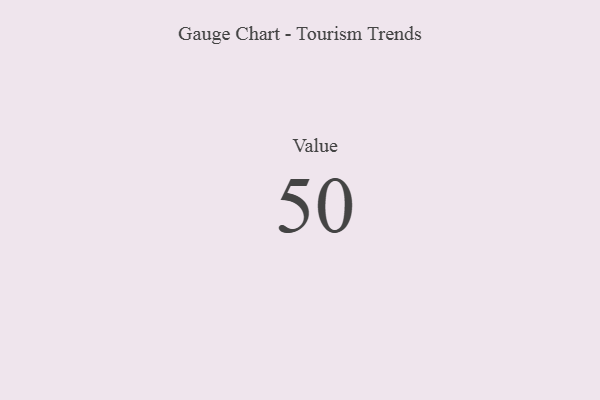
{"axis": {"x": "Metric", "y": "Value"}, "legend": [""], "data": [{"x": "Value", "y": 50, "type": ""}]}